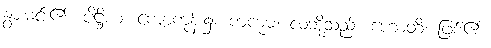
နွားမင်း၏။ ပိဋ္ဌိယံ၊ ကျောကုန်း၌။ ကကုဓံ၊ လဘို့သည်။ ဟောတိ၊ ဖြစ်၏။